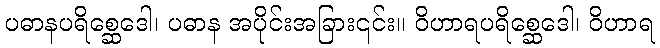
ပဓာနပရိစ္ဆေဒေါ၊ ပဓာန အပိုင်းအခြား၎င်း။ ဝိဟာရပရိစ္ဆေဒေါ၊ ဝိဟာရ